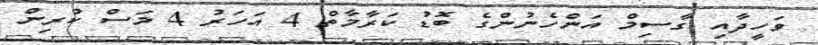
ވަހީދާއި ގާސިމް އަންހެނުންގެ ބޮޑު ކަރާމާތް 4 އަހަރު 4 މަސް ކުރިން